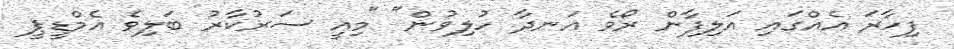
ފިހާރަ އެއްގައި އަލިފާން ރޯވެ އަނދާ ހުލިވުން" "މިއީ ސަރުކާރު ބަލިވެ އެމްޑީޕީ